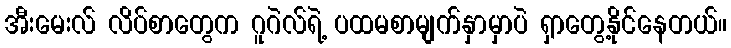
အီးမေးလ် လိပ်စာတွေက ဂူဂဲလ်ရဲ့ ပထမစာမျက်နှာမှာပဲ ရှာတွေ့နိုင်နေတယ်။